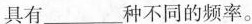
具有___种不同的频率。